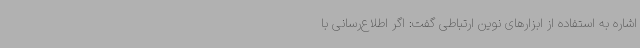
اشاره به استفاده از ابزارهای نوین ارتباطی گفت: اگر اطلاع‌رسانی با